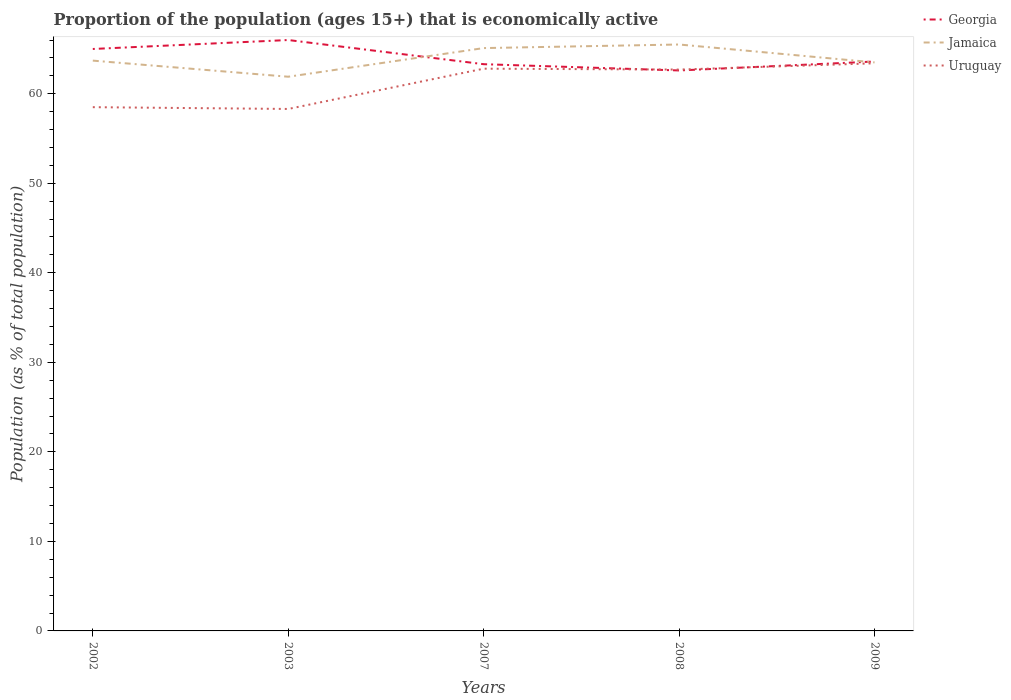
| Years | Georgia | Jamaica | Uruguay |
 | --- | --- | --- | --- |
 | 2002 | 65 | 63.7 | 58.5 |
 | 2003 | 66 | 61.9 | 58.3 |
 | 2007 | 63.3 | 65.1 | 62.8 |
 | 2008 | 62.6 | 65.5 | 62.7 |
 | 2009 | 63.6 | 63.5 | 63.4 |